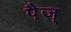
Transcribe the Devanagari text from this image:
पैज्